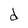
Character: d